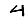
Digit: 4